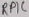
Text: RPIC